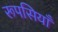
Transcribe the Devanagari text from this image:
रूपसियाँ